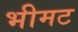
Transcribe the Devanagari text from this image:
भीमट